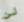
لن